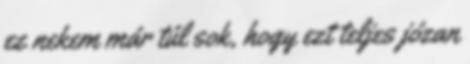
ez nekem már túl sok, hogy ezt teljes józan